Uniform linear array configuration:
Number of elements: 16
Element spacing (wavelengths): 0.75
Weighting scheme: binomial
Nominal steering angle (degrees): -60
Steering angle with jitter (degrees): -59.933
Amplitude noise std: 0.05
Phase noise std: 0.05

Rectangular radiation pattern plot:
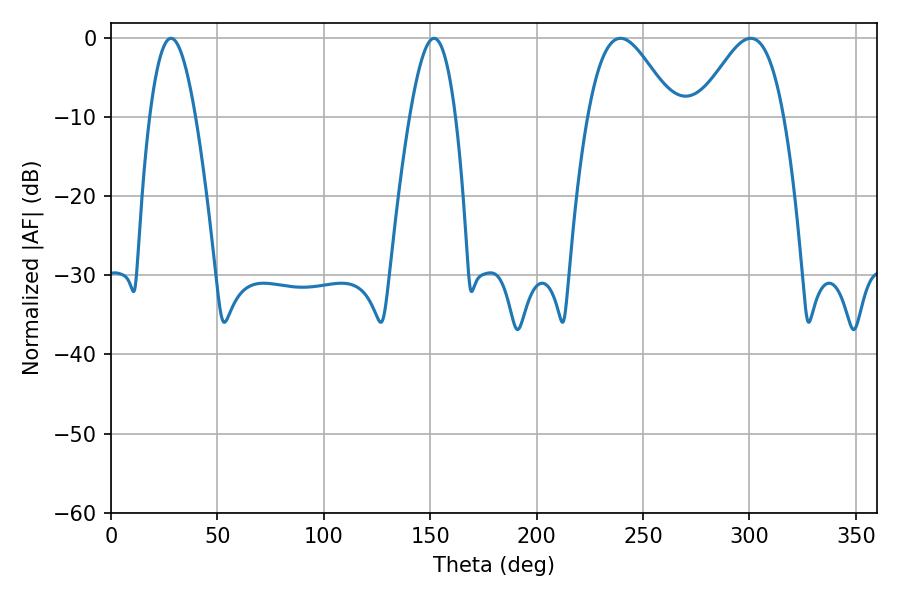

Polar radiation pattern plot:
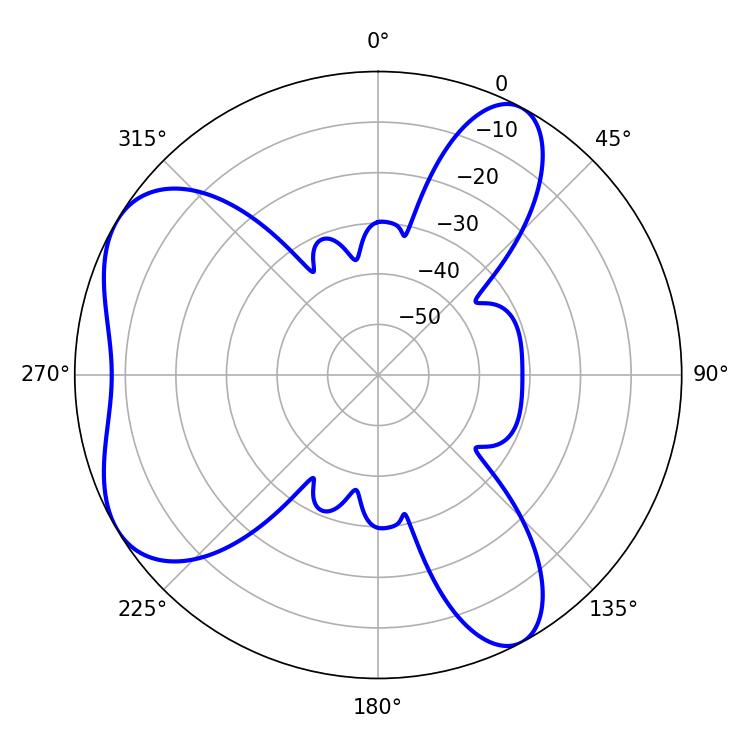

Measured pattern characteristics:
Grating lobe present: TRUE
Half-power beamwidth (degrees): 21.6
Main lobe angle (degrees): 239.4